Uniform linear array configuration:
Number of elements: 64
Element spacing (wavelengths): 0.25
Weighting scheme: hamming
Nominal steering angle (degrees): -15
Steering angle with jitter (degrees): -14.174
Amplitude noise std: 0.05
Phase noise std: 0.05

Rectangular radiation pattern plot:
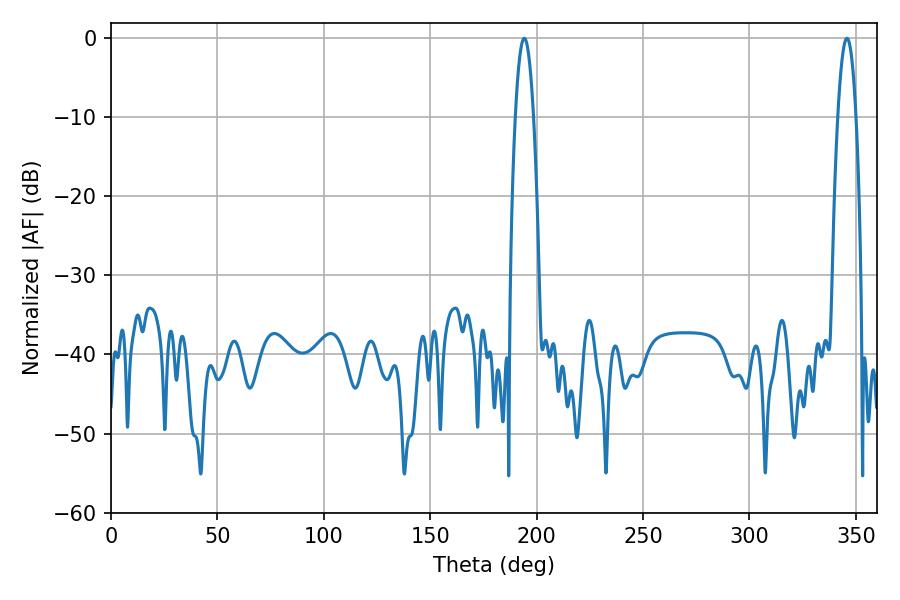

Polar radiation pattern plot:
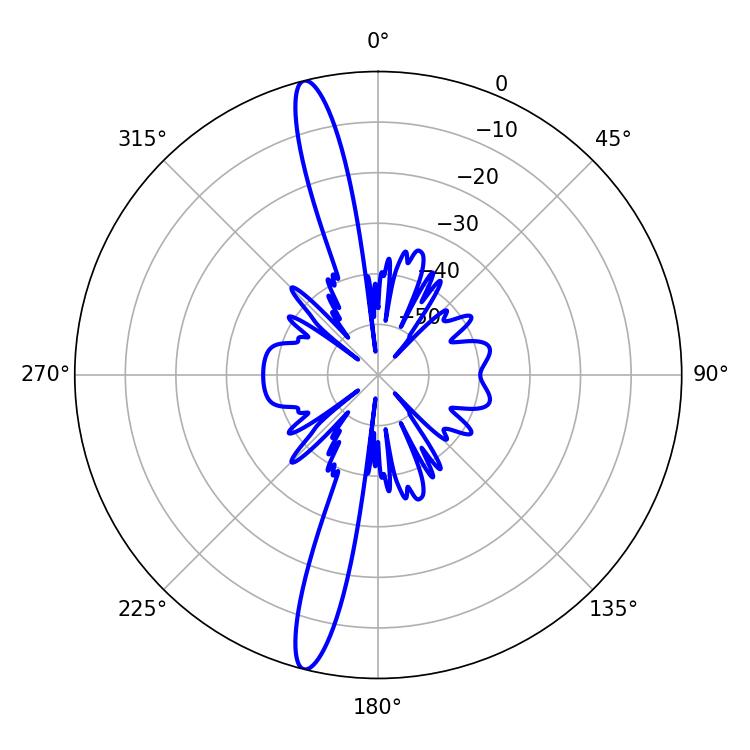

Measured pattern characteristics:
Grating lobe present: FALSE
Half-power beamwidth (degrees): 4.68
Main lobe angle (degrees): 194.22